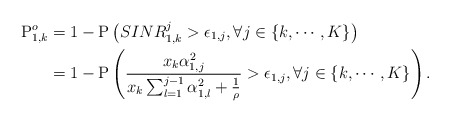
\begin{align*}\mathrm{P}^o_{1,k} &= 1- \mathrm{P}\left(SINR^j_{1,k}>\epsilon_{1,j}, \forall j \in \{k, \cdots, K\}\right)\\ &=1- \mathrm{P}\left(\frac{x_k \alpha_{1,j}^2 }{ x_k\sum^{j-1}_{l=1} \alpha_{1,l}^2 +\frac{1}{\rho}}>\epsilon_{1,j}, \forall j \in \{k, \cdots, K\}\right).\end{align*}